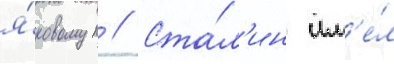
я́ковом // Ста́л'ин им'е́л